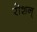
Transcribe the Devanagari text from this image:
रोशन्